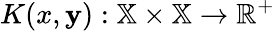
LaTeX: K(x,\mathbf{y}):\mathbb{{X}}\times\mathbb{{X}}\to\mathbb{{R}}^{+}